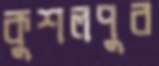
কুশলপুর